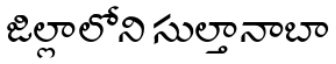
జిల్లాలోని సుల్తానాబా